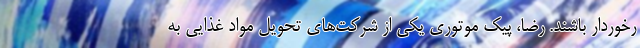
رخوردار باشند. رضا، پیک موتوری یکی از شرکت‌های تحویل مواد غذایی به